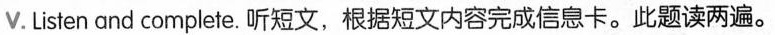
V.Listen and complete. 听短文，根据短文内容完成信息卡。此题读两遍.。